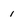
Character: 1